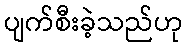
ပျက်စီးခဲ့သည်ဟု